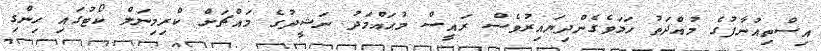
އިސްތިއުނާފުގެ މުއްދަތު ހަމަވެގެންދިޔައިރުވެސް ރައީސް މުޙައްމަދު ނަޝީދުގެ މައްޗަށް ކްރިމިނަލް ކޯޓުގައި ހިންގި